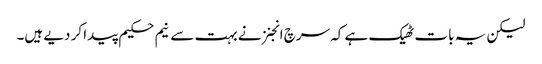
لیکن یہ بات ٹھیک ہے کہ سرچ انجنز نے بہت سے نیم حکیم پیدا کر دیے ہیں۔